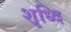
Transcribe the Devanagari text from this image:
शृध्दि